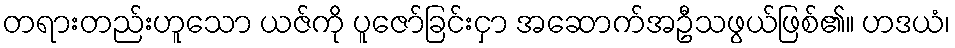
တရားတည်းဟူသော ယဇ်ကို ပူဇော်ခြင်းငှာ အဆောက်အဦသဖွယ်ဖြစ်၏။ ဟဒယံ၊